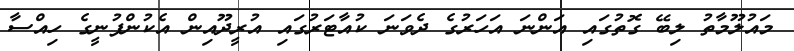
މައުލޫމާތު ލިބޭ ގޮތުގައި އަންނަ އަހަރުގެ ދެވަނަ ކުއާޓަރުގައި އުރީދޫއިން އެކުންފުނީގެ ހިއްސާ